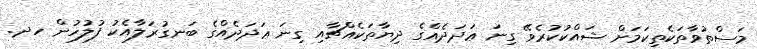
މަސްތުވާތަކެތިކަމަށް ޝައްކުކުރެވޭ ގިނަ ޢަދަދެއްގެ ދިޔާތަކެއްޗާއި ގިނަ ޢަދަދެއްގެ ބަނގުރަލާއެކު ފުލުހުން ހދ.